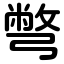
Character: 彆